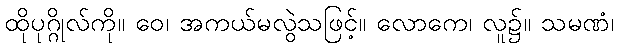
ထိုပုဂ္ဂိုလ်ကို။ ဝေ၊ အကယ်မလွဲသဖြင့်။ လောကေ၊ လူ၌။ သမဏံ၊